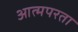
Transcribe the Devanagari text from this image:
आत्मपरता